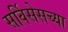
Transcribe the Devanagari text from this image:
सर्विसेसच्या